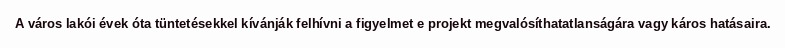
A város lakói évek óta tüntetésekkel kívánják felhívni a figyelmet e projekt megvalósíthatatlanságára vagy káros hatásaira.